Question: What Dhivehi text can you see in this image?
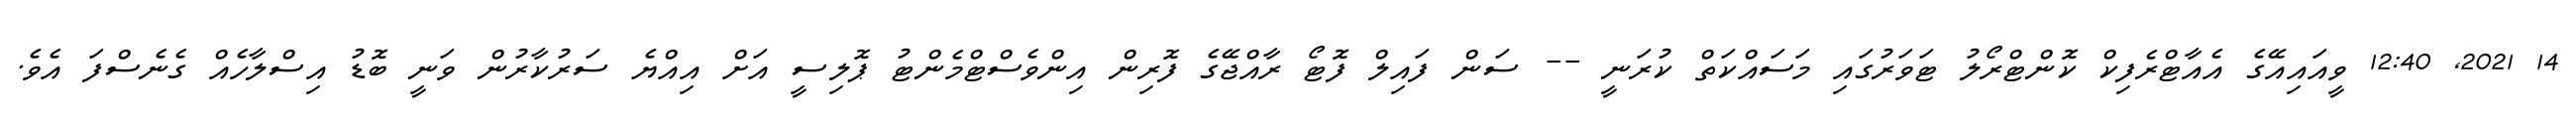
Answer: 14 2021, 12:40 ވީއައިއޭގެ އެއާޓްރެފިކް ކޮންޓްރޯލު ޓަވަރުގައި މަސައްކަތް ކުރަނީ -- ސަން ފައިލް ފޮޓޯ ރާއްޖޭގެ ފޮރިން އިންވެސްޓްމެންޓު ޕޮލިސީ އަށް އިއްޔެ ސަރުކާރުން ވަނީ ބޮޑު އިސްލާހެއް ގެނެސްފަ އެވެ.